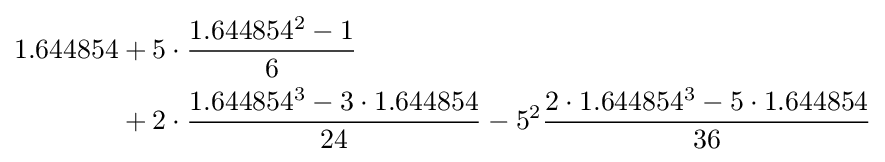
{\begin{aligned}1.644854&+5\cdot {\frac {1.644854^{2}-1}{6}}\\&+2\cdot {\frac {1.644854^{3}-3\cdot 1.644854}{24}}-5^{2}{\frac {2\cdot 1.644854^{3}-5\cdot 1.644854}{36}}\end{aligned}}